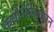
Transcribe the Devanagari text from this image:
कंचोर्नकित्करन